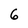
Character: 6